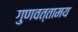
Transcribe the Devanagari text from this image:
गुणवत्तामय